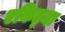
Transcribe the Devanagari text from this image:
एकिड्ना